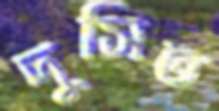
দুসিত